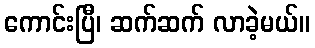
ကောင်းပြီ၊ ဆက်ဆက် လာခဲ့မယ်။